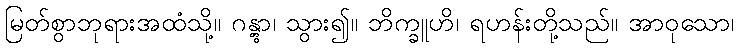
မြတ်စွာဘုရားအထံသို့။ ဂန္တွာ၊ သွား၍။ ဘိက္ခူဟိ၊ ရဟန်းတို့သည်။ အာဝုသော၊